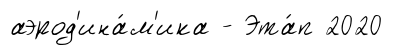
аэрод'ина́м'ика - Эта́п 2020